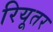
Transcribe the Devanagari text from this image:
रियूतर